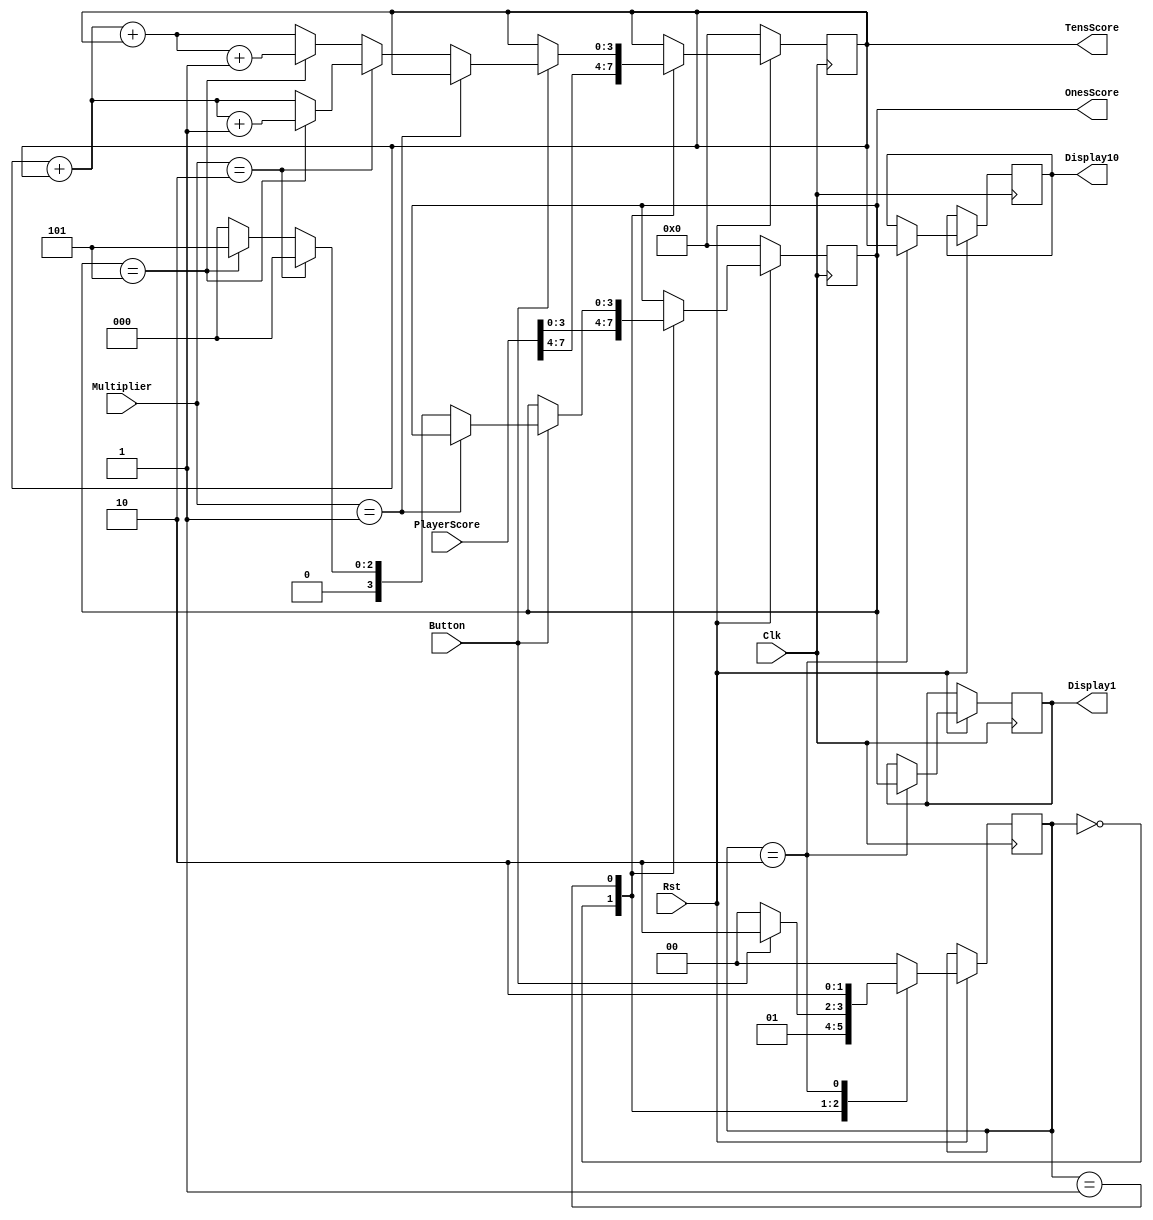
module MaxScore(Clk, Rst, Button, PlayerScore, Multiplier, Display10, Display1, TensScore, OnesScore);
	input Clk, Rst, Button;
	input [7:0] PlayerScore;
	input [1:0] Multiplier;
	output reg [3:0] Display10, Display1;

	output reg [3:0] TensScore, OnesScore;

	parameter Init = 2'b00, Multiply = 2'b01, Displays = 2'b10;
	reg [1:0] State;

	always @(posedge Clk)begin
	if (Rst == 0)
		begin
		TensScore <= 4'b0000;
		OnesScore<= 4'b0000;
		end
	else begin
		//TensScore <= PlayerScore[7:4];
		//OnesScore<= PlayerScore[3:0];
		case(State)
		Init: begin
			TensScore <= PlayerScore[7:4];
			OnesScore<= PlayerScore[3:0];
			State <= Multiply;
		end
		Multiply: begin
		if (Button == 1)
		begin
		if(Multiplier == 2'b01)
			begin
			//TensScore <= PlayerScore[7:4];
			//OnesScore<= PlayerScore[3:0];
			State <= Displays;
			end
		else if (Multiplier == 2'b10)
			begin
			//TensScore <= PlayerScore[7:4];
			//OnesScore<= PlayerScore[3:0];
				if(OnesScore == 4'b0101)
					begin 
					OnesScore <= 4'b0000;
					TensScore <= ((TensScore+TensScore)+1);
					State <= Displays;
					end 
				else
					begin
					OnesScore <= 4'b0000;
					TensScore <= TensScore+TensScore;
					State <= Displays;
					end
			end
		else 
			begin
			//TensScore <= PlayerScore[7:4];
			//OnesScore<= PlayerScore[3:0];
				if(OnesScore == 4'b0101)
					begin
					OnesScore <= 4'b0101;
					TensScore <= ((TensScore+TensScore+TensScore)+1);
					State <= Displays;
					end
				else
					begin
					OnesScore <= 4'b0000;
					TensScore <= TensScore+TensScore+TensScore;
					State <= Displays;
					end
			end
		end
		else
			begin
			State <= Init;
			end
		end
		Displays: begin
			Display10 <= TensScore;
			Display1 <= OnesScore;
			State <= Displays;
		end
		default:begin
			State <= Init;
			end
		endcase
		end
	end
endmodule